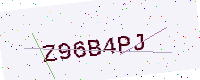
Text: Z96B4PJ